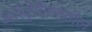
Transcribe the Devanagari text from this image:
अाॅस्ट्रेलियातील